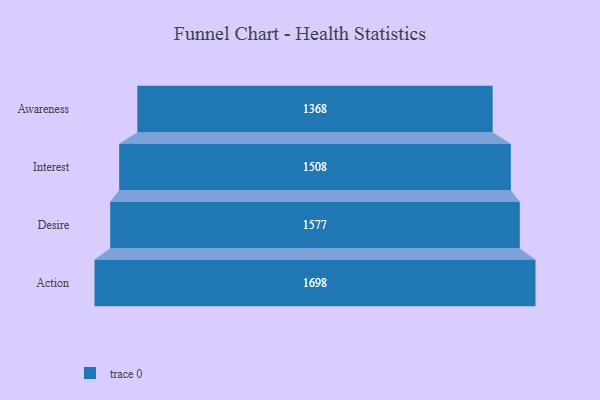
{"axis": {"x": "Stage", "y": "Value"}, "legend": [""], "data": [{"x": "Awareness", "y": 1368.0, "type": ""}, {"x": "Interest", "y": 1508.0, "type": ""}, {"x": "Desire", "y": 1577.0, "type": ""}, {"x": "Action", "y": 1698.0, "type": ""}]}